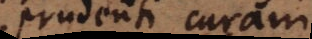
prudenti curam